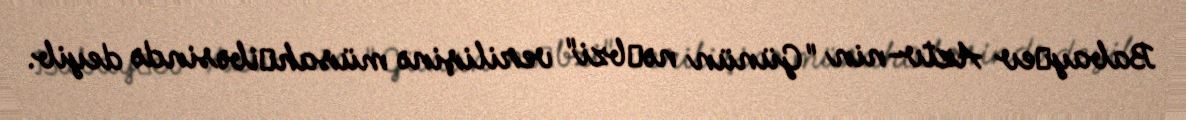
Babay­ev Aztv-nin "Günün nə­bzi" verilişinə müsah­ibəsində deyib.